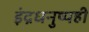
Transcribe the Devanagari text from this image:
इंद्रधनुष्यही